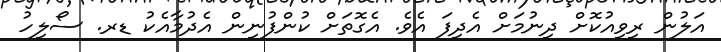
އަލުން ރިވިއުކޮށް ދިނުމަށް އެދިފަ އެވެ. އެގޮތަށް ކުންފުނިން އެދުމާއެކު ޑރ. ސޯލިހު